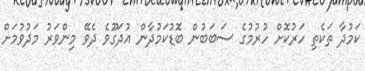
ކަމުދާ ތަކެތި ހަރުކޮށް ހުރުމުގެ ސަބަބުން ބޮޑުކަމުދާން އުދަގޫވެ ދެވޭ މިންވަރު މަދުވުމަށް